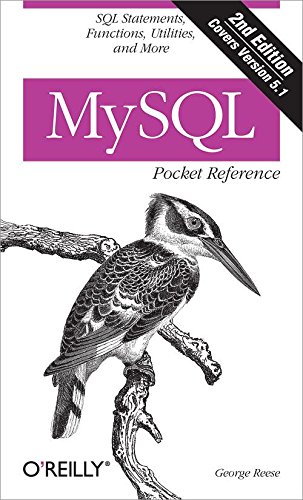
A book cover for MySQL Pocket Reference: SQL Statements, Functions and Utilities and more (Pocket Reference (O'Reilly)); George Reese; Computers & Technology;